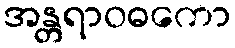
အန္တရာဝဓကော